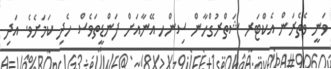
ވަނީ ވެތެރަން އެކްޓަރ ޝަތްރުގްހާން ސިންހ އޭނާއަށް ފަންޑީތަވެސް ހެދި ކަމަށެވެ. އަދި